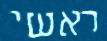
ראשי